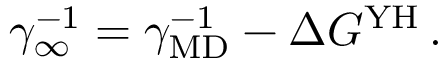
\gamma _ { \infty } ^ { - 1 } = \gamma _ { \mathrm { M D } } ^ { - 1 } - \Delta G ^ { \mathrm { Y H } } \, .